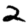
Digit: 2